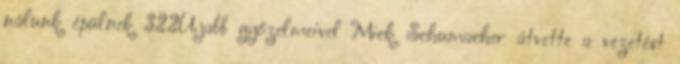
nálunk épülnek 322Újabb győzelmeivel Mick Schumacher átvette a vezetést